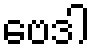
ဗေဒါ